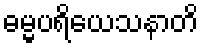
ဓမ္မပရိယေသနာတိ